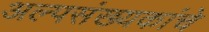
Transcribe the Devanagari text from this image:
अल्पसंख्यकांचे